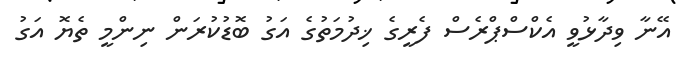
އޭނާ ވިދާޅުވީ އެކްސްޕްރެސް ފެރީގެ ޚިދުމަތުގެ އަގު ބޮޑުކުރަން ނިންމީ ތެޔޮ އަގު